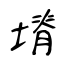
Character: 塉